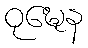
ဝုဍ္ဎေန